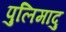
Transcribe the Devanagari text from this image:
पुलिमादु